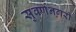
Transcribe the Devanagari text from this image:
सुवर्णनगरी